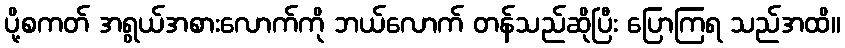
ပို့စကတ် အရွယ်အစားလောက်ကို ဘယ်လောက် တန်သည်ဆိုပြီး ပြောကြရ သည်အထိ။